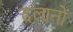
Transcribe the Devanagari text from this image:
दलानों